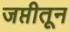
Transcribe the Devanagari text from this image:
जप्तीतून